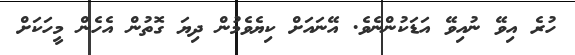
ހުރެ އިވޭ ނުއިވޭ އަޑަކުންނެވެ. އޭނައަށް ކިޔެވެމުން ދިޔަ ގޮތުން އެހެން މީހަކަށް